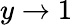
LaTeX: y\rightarrow 1